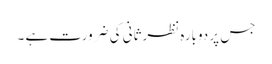
جس پر دوبارہ نظرثانی کی ضرورت ہے ۔